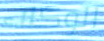
الوكلاء